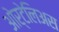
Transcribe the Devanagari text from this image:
ओर्टेलिअस